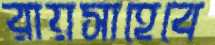
রায়সাহেবে